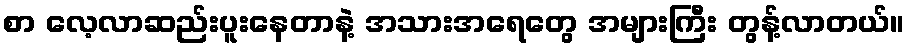
စာ လေ့လာဆည်းပူးနေတာနဲ့ အသားအရေတွေ အများကြီး တွန့်လာတယ်။